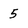
Character: 5